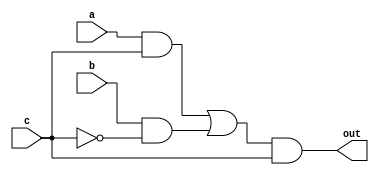
`timescale 1ns / 1ps
/* /////////////////////////////////////////////////////////////////////////////////

Question: 5
Circuit: FD

Implements circuit:

out = (a&c | b&~c) & c

Delay only given at NOT gate(s) as that(those) is(are) the only gate(s) that causes(cause) the static-0 hazard.

*/ /////////////////////////////////////////////////////////////////////////////////

module q5_FD(
    input a,
    input b,
    input c,
    output out
    );
wire cN,ac,bcN,FS;

assign #2 cN=~c;
assign ac=a&c;
assign bcN= b&cN;
assign FS = ac | bcN;
assign out=FS & c;


endmodule